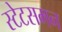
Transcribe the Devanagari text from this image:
स्टेटसमन